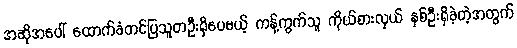
အဆိုအပေါ် ထောက်ခံတင်ပြသူတဦးရှိပေမယ့် ကန့်ကွက်သူ ကိုယ်စားလှယ် နှစ်ဦးရှိခဲ့တဲ့အတွက်